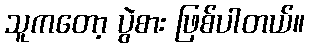
သူကတော့ ပွဲစား ဖြစ်ပါတယ်။